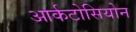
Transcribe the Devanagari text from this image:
आर्कटोसियोन